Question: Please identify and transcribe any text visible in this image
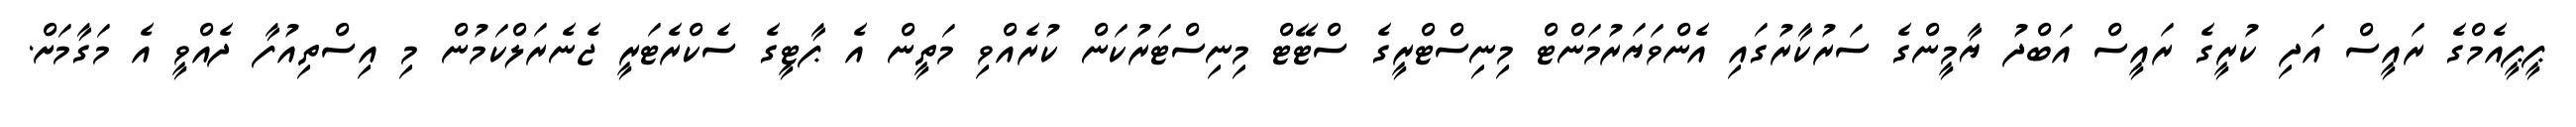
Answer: ޕީޕީއެމްގެ ރައީސް އަދި ކުރީގެ ރައީސް އަބްދު ޔާމީންގެ ސަރުކާރުގައި އެންވަޔަރުމަންޓް މިނިސްޓްރީގެ ސްޓޭޓް މިނިސްޓަރުކަން ކުރެއްވި މަތީން އެ ޕާޓީގެ ސެކްރެޓަރީ ޖެނެރަލްކަމުން މި އިސްތިއުފާ ދެއްވީ އެ މަގާމަށް.